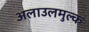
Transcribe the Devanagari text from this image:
अलाउलमुल्क